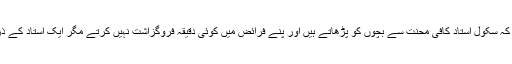
علاقے کا ایک اور نوجوان خلیل اکبر کہتے ہیں کہ سکول استاد کافی محنت سے بچوں کو پڑھاتے ہیں اور پنے فرائض میں کوئی دقیقہ فروگزاشت نہیں کرتے مگر ایک استاد کے ذریعے سو بچوں کو پڑھانا عملآ ممکن نہیں ہے۔